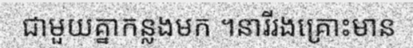
ជាមួយគ្នាកន្លងមក ។នារីរងគ្រោះមាន